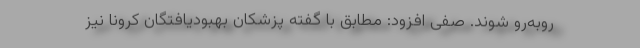
روبه‌رو شوند. صفی افزود: مطابق با گفته پزشکان بهبودیافتگان کرونا نیز